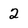
Character: 2